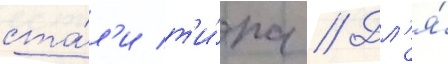
ста́л'и т'и́па // Дл'я́